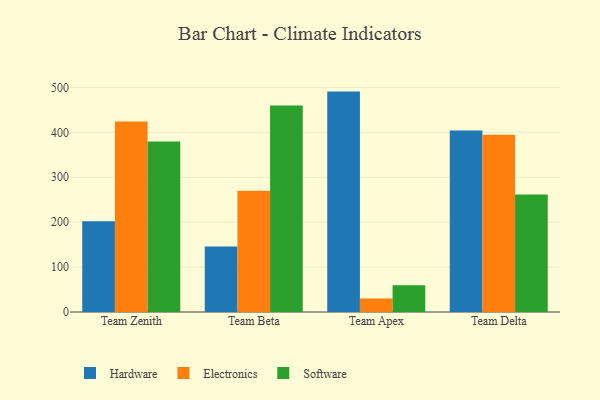
{"axis": {"x": "Team", "y": "Gross Profit (USD K)"}, "legend": ["Electronics", "Hardware", "Software"], "data": [{"x": "Team Zenith", "y": 202.2, "type": "Hardware"}, {"x": "Team Zenith", "y": 424.3, "type": "Electronics"}, {"x": "Team Zenith", "y": 379.5, "type": "Software"}, {"x": "Team Beta", "y": 146.1, "type": "Hardware"}, {"x": "Team Beta", "y": 270.2, "type": "Electronics"}, {"x": "Team Beta", "y": 459.5, "type": "Software"}, {"x": "Team Apex", "y": 490.7, "type": "Hardware"}, {"x": "Team Apex", "y": 30.1, "type": "Electronics"}, {"x": "Team Apex", "y": 59.7, "type": "Software"}, {"x": "Team Delta", "y": 404.2, "type": "Hardware"}, {"x": "Team Delta", "y": 394.4, "type": "Electronics"}, {"x": "Team Delta", "y": 261.4, "type": "Software"}]}